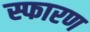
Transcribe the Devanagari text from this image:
स्फारण